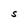
Character: S